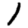
Digit: 1